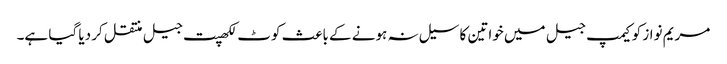
مریم نواز کو کیمپ جیل میں خواتین کا سیل نہ ہونے کے باعث کوٹ لکھپت جیل منتقل کر دیا گیا ہے۔